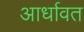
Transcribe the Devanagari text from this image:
आर्धावत